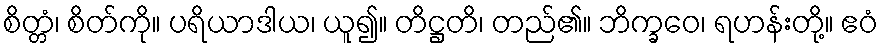
စိတ္တံ၊ စိတ်ကို။ ပရိယာဒါယ၊ ယူ၍။ တိဋ္ဌတိ၊ တည်၏။ ဘိက္ခဝေ၊ ရဟန်းတို့။ ဧဝံ